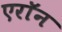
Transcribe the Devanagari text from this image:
एराॅन